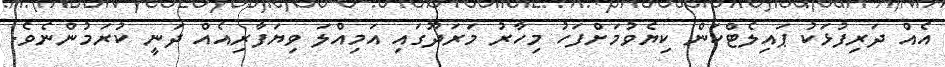
އެއް ދަރިފުޅަކު ޕައިލެޓްކަން ކިޔެވުމަށްފަހު މިހާރު މަރަދޫގައި އަމިއްލަ ވިޔަފާރިއެއް ދަނީ ކުރަމުންނެވެ.